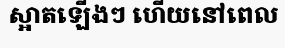
ស្អាតឡើងៗ ហើយនៅពេល